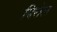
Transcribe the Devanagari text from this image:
पिरोल